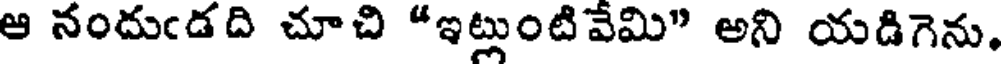
ఆ నందుఁడది చూచి "ఇట్లుంటివేమి" అని యడిగెను.